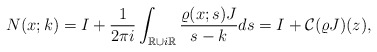
\begin{align*}&N(x;k)=I+\frac{1}{2\pi i} \int_{\mathbb{R}\cup i \mathbb{R}} \frac{\varrho(x;s)J}{s-k} d s=I+\mathcal{C}(\varrho J)(z),\end{align*}